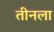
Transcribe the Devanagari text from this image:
तीनला